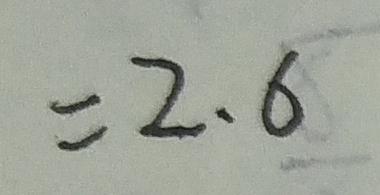
= 2 . 6